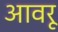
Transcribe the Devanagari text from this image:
आवरू